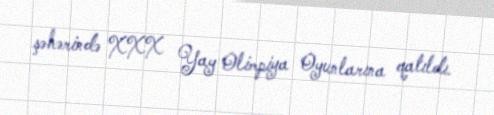
şəhərində XXX Yay Olimpiya Oyunlarına qatıldı.